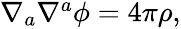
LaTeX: \begin{array}{r}{\nabla_{a}\nabla{}^{a}\phi=4\pi\rho,}\end{array}